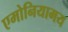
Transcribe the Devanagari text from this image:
एमोनियामय